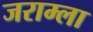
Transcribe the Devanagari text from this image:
जराम्ला